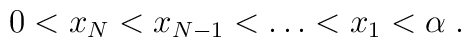
0<x_N<x_{N-1}<\dots<x_1<\alpha\;.